Indian journal of veterinary science and animal husbandry - Volumes 24-25, 1954-1955
Year: 1954
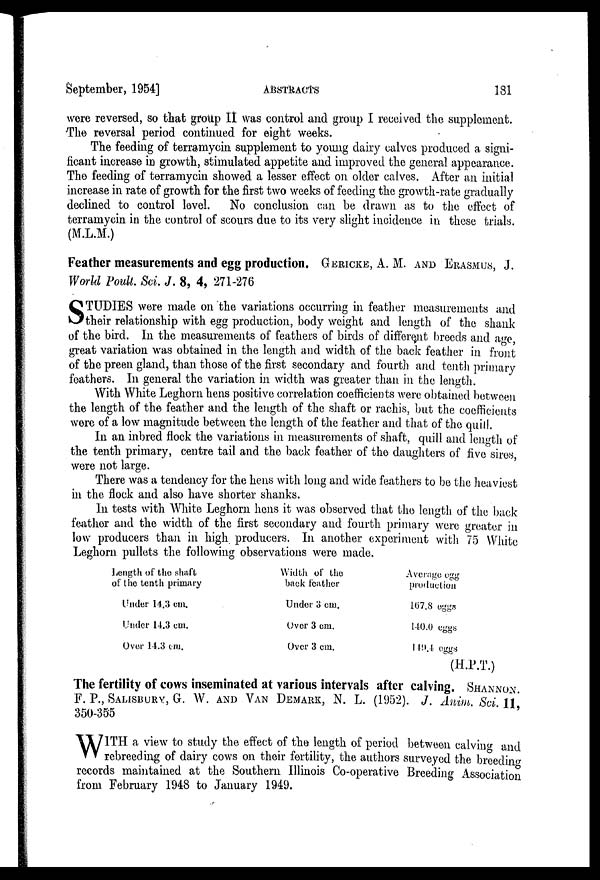
September, 1954]
ABSTRACTS
181
were reversed, so that group II was control and group I received the supplement.
The reversal period continued for eight weeks.
The feeding of terramycin supplement to young dairy calves produced a signi-
ficant increase in growth, stimulated appetite and improved the general appearance.
The feeding of terramycin showed a lesser effect on older calves. After an initial
increase in rate of growth for the first two weeks of feeding the growth-rate gradually
declined to control level. No conclusion can be drawn as to the effect of
terramycin in the control of scours due to its very slight incidence in these trials.
(M.L.M.)
Feather measurements and egg production. GERICKE, A. M. AND ERASMUS, J.
World Poult. Sci. J. 8, 4, 271-276
S TUDIES were made on the variations occurring in feather measurements and
their relationship with egg production, body weight and length of the shank
of the bird. In the measurements of feathers of birds of different breeds and age,
great variation was obtained in the length and width of the back feather in front
of the preen gland, than those of the first secondary and fourth and tenth primary
feathers. In general the variation in width was greater than in the length.
With White Leghorn hens positive correlation coefficients were obtained between
the length of the feather and the length of the shaft or rachis, but the coefficients
were of a low magnitude between the length of the feather and that of the quill.
In an inbred flock the variations in measurements of shaft, quill and length of
the tenth primary, centre tail and the back feather of the daughters of five sires,
were not large.
There was a tendency for the hens with long and wide feathers to be the heaviest
in the flock and also have shorter shanks.
In tests with White Leghorn hens it was observed that the length of the back
feather and the width of the first secondary and fourth primary were greater in
low producers than in high producers. In another experiment with 75 White
Leghorn pullets the following observations were made.
Length of the shaft
of the tenth primary
Under 14.3 cm.
Under 14.3 cm.
Over 14.3 cm.
Width of the
back feather
Under 3 cm.
Over 3 cm.
Over 3 cm.
Average egg
production
167.8 eggs
140.0 eggs
140.4 eggs
(H.P.T.)
The fertility of cows inseminated at various intervals after calving. SHANNON.
F. P., SALISBURY, 6. W. AND VAN DEMARK, N. L. (1952). J. Anim. Sci. 11,
350-355
W ITH a view to study the effect of the length of period between calving and
rebreeding of dairy cows on their fertility, the authors surveyed the breeding
records maintained at the Southern Illinois Co-operative Breeding Association
from February 1948 to January 1949.